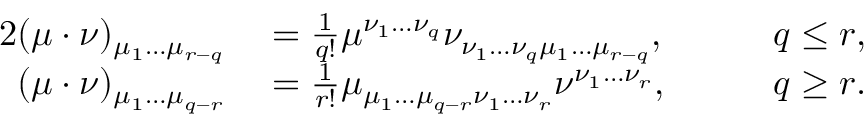
\begin{array} { r l r l } { { 2 } ( \mu \cdot \nu ) _ { \mu _ { 1 } \ldots \mu _ { r - q } } } & { { } = \frac { 1 } { q ! } \mu ^ { \nu _ { 1 } \ldots \nu _ { q } } \nu _ { \nu _ { 1 } \ldots \nu _ { q } \mu _ { 1 } \ldots \mu _ { r - q } } , } & { } & { { } \quad q \leq r , } \\ { ( \mu \cdot \nu ) _ { \mu _ { 1 } \ldots \mu _ { q - r } } } & { { } = \frac { 1 } { r ! } \mu _ { \mu _ { 1 } \ldots \mu _ { q - r } \nu _ { 1 } \ldots \nu _ { r } } \nu ^ { \nu _ { 1 } \ldots \nu _ { r } } , } & { } & { { } \quad q \geq r . } \end{array}